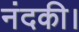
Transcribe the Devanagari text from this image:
नंदकी।